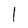
Character: 1